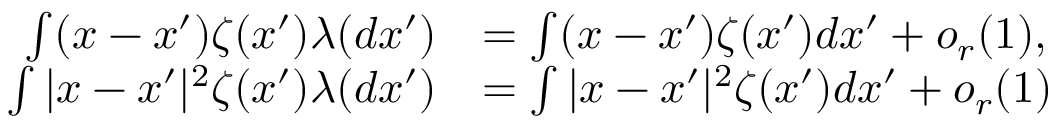
\begin{array} { r l } { \int ( x - x ^ { \prime } ) \zeta ( x ^ { \prime } ) \lambda ( d x ^ { \prime } ) } & { = \int ( x - x ^ { \prime } ) \zeta ( x ^ { \prime } ) d x ^ { \prime } + o _ { r } ( 1 ) , } \\ { \int | x - x ^ { \prime } | ^ { 2 } \zeta ( x ^ { \prime } ) \lambda ( d x ^ { \prime } ) } & { = \int | x - x ^ { \prime } | ^ { 2 } \zeta ( x ^ { \prime } ) d x ^ { \prime } + o _ { r } ( 1 ) } \end{array}